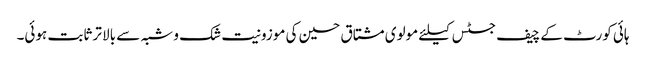
ہائی کورٹ کے چیف جسٹس کیلئے مولوی مشتاق حسین کی موزونیت شک و شبہ سے بالا تر ثابت ہوئی۔